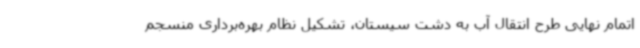
اتمام نهایی طرح انتقال آب به دشت سیستان، تشکیل نظام بهره‌برداری منسجم